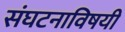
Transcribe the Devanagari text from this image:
संघटनाविषयी